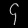
Digit: ၄